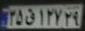
۳۵ق۱۲۷۲۹